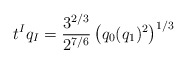
\begin{align*}t^Iq_I= {3^{2/3}\over 2^{7/6}} \left (q_0 (q_1) ^2 \right )^{1/3}\end{align*}